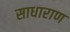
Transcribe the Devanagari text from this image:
साधाराण